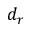
d _ { r }